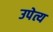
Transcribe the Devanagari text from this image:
उपेत्य